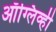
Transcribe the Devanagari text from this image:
ऑग्लिव्ही